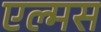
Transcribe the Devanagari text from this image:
एल्मस